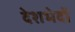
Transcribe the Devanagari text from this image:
देशभेदों